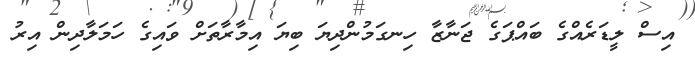
އިސް ލީޑަރެއްގެ ބައްޕަގެ ޖަނާޒާ ހިނގަމުންދިޔަ ބިޔަ އިމާރާތަށް ވައިގެ ހަމަލާދިން އިރު